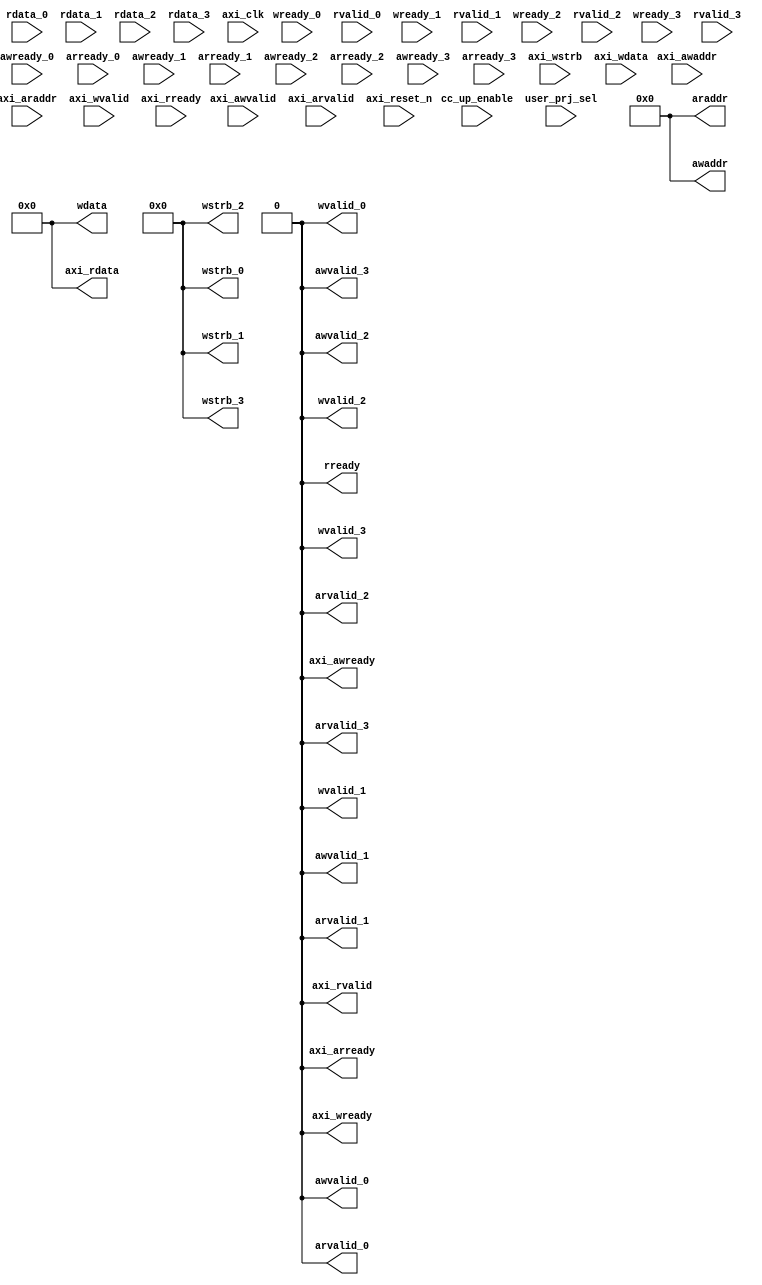
// This code snippet was auto generated by xls2vlog.py from source file: ./user_project_wrapper.xlsx
// User: patrick
// Date: Jul-21-23



module AXIL_SLAV #( parameter pADDR_WIDTH   = 12,
                    parameter pDATA_WIDTH   = 32
                  )
(
  input  wire                        awready_0,
  input  wire                        arready_0,
  input  wire                        wready_0,
  input  wire                        rvalid_0,
  input  wire  [(pDATA_WIDTH-1) : 0] rdata_0,
  input  wire                        awready_1,
  input  wire                        arready_1,
  input  wire                        wready_1,
  input  wire                        rvalid_1,
  input  wire  [(pDATA_WIDTH-1) : 0] rdata_1,
  input  wire                        awready_2,
  input  wire                        arready_2,
  input  wire                        wready_2,
  input  wire                        rvalid_2,
  input  wire  [(pDATA_WIDTH-1) : 0] rdata_2,
  input  wire                        awready_3,
  input  wire                        arready_3,
  input  wire                        wready_3,
  input  wire                        rvalid_3,
  input  wire  [(pDATA_WIDTH-1) : 0] rdata_3,
  output wire                        awvalid_0,
  output wire                [11: 0] awaddr,
  output wire                        arvalid_0,
  output wire                [11: 0] araddr,
  output wire                        wvalid_0,
  output wire                 [3: 0] wstrb_0,
  output wire  [(pDATA_WIDTH-1) : 0] wdata,
  output wire                        rready,
  output wire                        awvalid_1,
  output wire                        arvalid_1,
  output wire                        wvalid_1,
  output wire                 [3: 0] wstrb_1,
  output wire                        awvalid_2,
  output wire                        arvalid_2,
  output wire                        wvalid_2,
  output wire                 [3: 0] wstrb_2,
  output wire                        awvalid_3,
  output wire                        arvalid_3,
  output wire                        wvalid_3,
  output wire                 [3: 0] wstrb_3,
  input  wire                        axi_awvalid,
  input  wire                [14: 0] axi_awaddr,
  input  wire                        axi_arvalid,
  input  wire                [14: 0] axi_araddr,
  input  wire                        axi_wvalid,
  input  wire                 [3: 0] axi_wstrb,
  input  wire  [(pDATA_WIDTH-1) : 0] axi_wdata,
  input  wire                        axi_rready,
  input  wire                        cc_up_enable,
  output wire                        axi_awready,
  output wire                        axi_arready,
  output wire                        axi_wready,
  output wire                        axi_rvalid,
  output wire  [(pDATA_WIDTH-1) : 0] axi_rdata,
  input  wire                        axi_clk,
  input  wire                        axi_reset_n,
  input  wire                 [4: 0] user_prj_sel
);


assign awvalid_0     = 1'b0;
assign awaddr        = 12'b0;
assign arvalid_0     = 1'b0;
assign araddr        = 12'b0;
assign wvalid_0      = 1'b0;
assign wstrb_0       = 4'b0;
assign wdata         = {pDATA_WIDTH{1'b0}};
assign rready        = 1'b0;
assign awvalid_1     = 1'b0;
assign arvalid_1     = 1'b0;
assign wvalid_1      = 1'b0;
assign wstrb_1       = 4'b0;
assign awvalid_2     = 1'b0;
assign arvalid_2     = 1'b0;
assign wvalid_2      = 1'b0;
assign wstrb_2       = 4'b0;
assign awvalid_3     = 1'b0;
assign arvalid_3     = 1'b0;
assign wvalid_3      = 1'b0;
assign wstrb_3       = 4'b0;
assign axi_awready   = 1'b0;
assign axi_arready   = 1'b0;
assign axi_wready    = 1'b0;
assign axi_rvalid    = 1'b0;
assign axi_rdata     = {pDATA_WIDTH{1'b0}};


endmodule // AXIL_SLAV
// This code snippet was auto generated by xls2vlog.py from source file: ./user_project_wrapper.xlsx
// User: patrick
// Date: Jul-21-23



module AXIS_MSTR #( parameter pADDR_WIDTH   = 12,
                    parameter pDATA_WIDTH   = 32
                  )
(
  output wire                        sm_tready,
  input  wire                        sm_tvalid_0,
  input  wire  [(pDATA_WIDTH-1) : 0] sm_tdata_0,
  input  wire                 [2: 0] sm_tid_0,
  input  wire                 [3: 0] sm_tstrb_0,
  input  wire                        sm_tkeep_0,
  input  wire                        sm_tlast_0,
  input  wire                        sm_tvalid_1,
  input  wire  [(pDATA_WIDTH-1) : 0] sm_tdata_1,
  input  wire                 [2: 0] sm_tid_1,
  input  wire                 [3: 0] sm_tstrb_1,
  input  wire                        sm_tkeep_1,
  input  wire                        sm_tlast_1,
  input  wire                        sm_tvalid_2,
  input  wire  [(pDATA_WIDTH-1) : 0] sm_tdata_2,
  input  wire                 [2: 0] sm_tid_2,
  input  wire                 [3: 0] sm_tstrb_2,
  input  wire                        sm_tkeep_2,
  input  wire                        sm_tlast_2,
  input  wire                        sm_tvalid_3,
  input  wire  [(pDATA_WIDTH-1) : 0] sm_tdata_3,
  input  wire                 [2: 0] sm_tid_3,
  input  wire                 [3: 0] sm_tstrb_3,
  input  wire                        sm_tkeep_3,
  input  wire                        sm_tlast_3,
  input  wire                        m_tready,
  output wire                        m_tvalid,
  output wire  [(pDATA_WIDTH-1) : 0] m_tdata,
  output wire                 [1: 0] m_tuser,
  output wire                 [3: 0] m_tstrb,
  output wire                 [3: 0] m_tkeep,
  output wire                        m_tlast,
  input  wire                        axis_clk,
  input  wire                        axi_reset_n,
  input  wire                        axis_rst_n,
  input  wire                 [4: 0] user_prj_sel
);


assign sm_tready     = 1'b0;
assign m_tvalid      = 1'b0;
assign m_tdata       = {pDATA_WIDTH{1'b0}};
assign m_tuser       = 2'b0;
assign m_tstrb       = 4'b0;
assign m_tkeep       = 4'b0;
assign m_tlast       = 1'b0;


endmodule // AXIS_MSTR
// This code snippet was auto generated by xls2vlog.py from source file: ./user_project_wrapper.xlsx
// User: patrick
// Date: Jul-21-23



module AXIS_SLAV #( parameter pADDR_WIDTH   = 12,
                    parameter pDATA_WIDTH   = 32
                  )
(
  output wire                        ss_tvalid_0,
  output wire  [(pDATA_WIDTH-1) : 0] ss_tdata,
  output wire                 [1: 0] ss_tuser,
  output wire                 [3: 0] ss_tstrb,
  output wire                 [3: 0] ss_tkeep,
  output wire                        ss_tlast,
  output wire                        ss_tvalid_1,
  output wire                        ss_tvalid_2,
  output wire                        ss_tvalid_3,
  input  wire                        ss_tready_0,
  input  wire                        ss_tready_1,
  input  wire                        ss_tready_2,
  input  wire                        ss_tready_3,
  input  wire                        s_tvalid,
  input  wire  [(pDATA_WIDTH-1) : 0] s_tdata,
  input  wire                 [1: 0] s_tuser,
  input  wire                 [3: 0] s_tstrb,
  input  wire                 [3: 0] s_tkeep,
  input  wire                        s_tlast,
  output wire                        s_tready,
  input  wire                        axis_clk,
  input  wire                        axi_reset_n,
  input  wire                        axis_rst_n,
  input  wire                 [4: 0] user_prj_sel
);


assign ss_tvalid_0   = 1'b0;
assign ss_tdata      = {pDATA_WIDTH{1'b0}};
assign ss_tuser      = 2'b0;
assign ss_tstrb      = 4'b0;
assign ss_tkeep      = 4'b0;
assign ss_tlast      = 1'b0;
assign ss_tvalid_1   = 1'b0;
assign ss_tvalid_2   = 1'b0;
assign ss_tvalid_3   = 1'b0;
assign s_tready      = 1'b0;


endmodule // AXIS_SLAV
// This code snippet was auto generated by xls2vlog.py from source file: ./user_project_wrapper.xlsx
// User: patrick
// Date: Jul-21-23



module IRQ_MUX #( parameter pADDR_WIDTH=10
                )
(
  input  wire         low__pri_irq_0,
  input  wire         High_pri_req_0,
  input  wire         low__pri_irq_1,
  input  wire         High_pri_req_1,
  input  wire         low__pri_irq_2,
  input  wire         High_pri_req_2,
  input  wire         low__pri_irq_3,
  input  wire         High_pri_req_3,
  output wire         low__pri_irq,
  output wire         high_pri_irq,
  input  wire         axi_clk,
  input  wire         axi_reset_n,
  input  wire         axis_rst_n,
  input  wire  [4: 0] user_prj_sel
);


assign low__pri_irq    = 1'b0;
assign high_pri_irq    = 1'b0;


endmodule // IRQ_MUX
// This code snippet was auto generated by xls2vlog.py from source file: ./user_project_wrapper.xlsx
// User: patrick
// Date: Jul-21-23



module LA_MUX #( parameter pADDR_WIDTH   = 12,
                 parameter pDATA_WIDTH   = 32
               )
(
  output wire  [63: 0] la_data_i,
  input  wire  [63: 0] la_data_0,
  input  wire  [63: 0] la_data_1,
  input  wire  [63: 0] la_data_2,
  input  wire  [63: 0] la_data_3,
  input  wire  [63: 0] la_up_data,
  output wire  [63: 0] up_la_data,
  input  wire          axi_clk,
  input  wire          axis_clk,
  input  wire          axi_reset_n,
  input  wire          axis_rst_n,
  input  wire   [4: 0] user_prj_sel
);


assign la_data_i     = 64'b0;
assign up_la_data    = 64'b0;


endmodule // LA_MUX
// This code snippet was auto generated by xls2vlog.py from source file: ./user_project_wrapper.xlsx
// User: patrick
// Date: Jul-21-23



module USER_PRJ #( parameter pADDR_WIDTH   = 12,
                   parameter pDATA_WIDTH   = 32
                 )
(
  output wire                        awready,
  output wire                        arready,
  output wire                        wready,
  output wire                        rvalid,
  output wire  [(pDATA_WIDTH-1) : 0] rdata,
  input  wire                        awvalid,
  input  wire                [11: 0] awaddr,
  input  wire                        arvalid,
  input  wire                [11: 0] araddr,
  input  wire                        wvalid,
  input  wire                 [3: 0] wstrb,
  input  wire  [(pDATA_WIDTH-1) : 0] wdata,
  input  wire                        rready,
  input  wire                        ss_tvalid,
  input  wire  [(pDATA_WIDTH-1) : 0] ss_tdata,
  input  wire                 [1: 0] ss_tuser,
  input  wire                 [3: 0] ss_tstrb,
  input  wire                 [3: 0] ss_tkeep,
  input  wire                        ss_tlast,
  input  wire                        sm_tready,
  input  wire                [63: 0] la_data_i,
  output wire                        ss_tready,
  output wire                        sm_tvalid,
  output wire  [(pDATA_WIDTH-1) : 0] sm_tdata,
  output wire                 [2: 0] sm_tid,
  output wire                 [3: 0] sm_tstrb,
  output wire                        sm_tkeep,
  output wire                        sm_tlast,
  output wire                        low__pri_irq,
  output wire                        High_pri_req,
  output wire                [63: 0] la_data_o,
  input  wire                        axi_clk,
  input  wire                        axis_clk,
  input  wire                        axi_reset_n,
  input  wire                        axis_rst_n,
  input  wire                        user_clock2,
  input  wire                        uck2_rst_n
);


assign awready       = 1'b0;
assign arready       = 1'b0;
assign wready        = 1'b0;
assign rvalid        = 1'b0;
assign rdata         = {pDATA_WIDTH{1'b0}};
assign ss_tready     = 1'b0;
assign sm_tvalid     = 1'b0;
assign sm_tdata      = {pDATA_WIDTH{1'b0}};
assign sm_tid        = 3'b0;
assign sm_tstrb      = 4'b0;
assign sm_tkeep      = 1'b0;
assign sm_tlast      = 1'b0;
assign low__pri_irq  = 1'b0;
assign High_pri_req  = 1'b0;
assign la_data_o     = 64'b0;


endmodule // USER_PRJ
// This code snippet was auto generated by xls2vlog.py from source file: ./user_project_wrapper.xlsx
// User: patrick
// Date: Jul-21-23



module USER_SUBSYS #( parameter pADDR_WIDTH   = 12,
                      parameter pDATA_WIDTH   = 32
                    )
(
  input  wire                        axi_awvalid,
  input  wire                [14: 0] axi_awaddr,
  input  wire                        axi_arvalid,
  input  wire                [14: 0] axi_araddr,
  input  wire                        axi_wvalid,
  input  wire                 [3: 0] axi_wstrb,
  input  wire  [(pDATA_WIDTH-1) : 0] axi_wdata,
  input  wire                        axi_rready,
  input  wire                        cc_up_enable,
  input  wire                        s_tvalid,
  input  wire  [(pDATA_WIDTH-1) : 0] s_tdata,
  input  wire                 [1: 0] s_tuser,
  input  wire                 [3: 0] s_tstrb,
  input  wire                 [3: 0] s_tkeep,
  input  wire                        s_tlast,
  input  wire                        m_tready,
  input  wire                [63: 0] la_up_data,
  output wire                        axi_awready,
  output wire                        axi_arready,
  output wire                        axi_wready,
  output wire                        axi_rvalid,
  output wire  [(pDATA_WIDTH-1) : 0] axi_rdata,
  output wire                        s_tready,
  output wire                        m_tvalid,
  output wire  [(pDATA_WIDTH-1) : 0] m_tdata,
  output wire                 [1: 0] m_tuser,
  output wire                 [3: 0] m_tstrb,
  output wire                 [3: 0] m_tkeep,
  output wire                        m_tlast,
  output wire                        low__pri_irq,
  output wire                        high_pri_irq,
  output wire                [63: 0] up_la_data,
  input  wire                        axi_clk,
  input  wire                        axis_clk,
  input  wire                        axi_reset_n,
  input  wire                        axis_rst_n,
  input  wire                        user_clock2,
  input  wire                        uck2_rst_n,
  input  wire                 [4: 0] user_prj_sel
);


wire                         awready_0;
wire                         arready_0;
wire                         wready_0;
wire                         rvalid_0;
wire   [(pDATA_WIDTH-1) : 0] rdata_0;
wire                         awready_1;
wire                         arready_1;
wire                         wready_1;
wire                         rvalid_1;
wire   [(pDATA_WIDTH-1) : 0] rdata_1;
wire                         awready_2;
wire                         arready_2;
wire                         wready_2;
wire                         rvalid_2;
wire   [(pDATA_WIDTH-1) : 0] rdata_2;
wire                         awready_3;
wire                         arready_3;
wire                         wready_3;
wire                         rvalid_3;
wire   [(pDATA_WIDTH-1) : 0] rdata_3;
wire                         awvalid_0_awvalid;
wire                 [11: 0] awaddr;
wire                         arvalid_0_arvalid;
wire                 [11: 0] araddr;
wire                         wvalid_0_wvalid;
wire                  [3: 0] wstrb_0_wstrb;
wire   [(pDATA_WIDTH-1) : 0] wdata;
wire                         rready;
wire                         ss_tvalid_0_ss_tvalid;
wire   [(pDATA_WIDTH-1) : 0] ss_tdata;
wire                  [1: 0] ss_tuser;
wire                  [3: 0] ss_tstrb;
wire                  [3: 0] ss_tkeep;
wire                         ss_tlast;
wire                         sm_tready;
wire                 [63: 0] la_data_i;
wire                         awvalid_1_awvalid;
wire                         arvalid_1_arvalid;
wire                         wvalid_1_wvalid;
wire                  [3: 0] wstrb_1_wstrb;
wire                         ss_tvalid_1_ss_tvalid;
wire                         awvalid_2_awvalid;
wire                         arvalid_2_arvalid;
wire                         wvalid_2_wvalid;
wire                  [3: 0] wstrb_2_wstrb;
wire                         ss_tvalid_2_ss_tvalid;
wire                         awvalid_3_awvalid;
wire                         arvalid_3_arvalid;
wire                         wvalid_3_wvalid;
wire                  [3: 0] wstrb_3_wstrb;
wire                         ss_tvalid_3_ss_tvalid;
wire                         ss_tready_0;
wire                         ss_tready_1;
wire                         ss_tready_2;
wire                         ss_tready_3;
wire                         sm_tvalid_0;
wire   [(pDATA_WIDTH-1) : 0] sm_tdata_0;
wire                  [2: 0] sm_tid_0;
wire                  [3: 0] sm_tstrb_0;
wire                         sm_tkeep_0;
wire                         sm_tlast_0;
wire                         sm_tvalid_1;
wire   [(pDATA_WIDTH-1) : 0] sm_tdata_1;
wire                  [2: 0] sm_tid_1;
wire                  [3: 0] sm_tstrb_1;
wire                         sm_tkeep_1;
wire                         sm_tlast_1;
wire                         sm_tvalid_2;
wire   [(pDATA_WIDTH-1) : 0] sm_tdata_2;
wire                  [2: 0] sm_tid_2;
wire                  [3: 0] sm_tstrb_2;
wire                         sm_tkeep_2;
wire                         sm_tlast_2;
wire                         sm_tvalid_3;
wire   [(pDATA_WIDTH-1) : 0] sm_tdata_3;
wire                  [2: 0] sm_tid_3;
wire                  [3: 0] sm_tstrb_3;
wire                         sm_tkeep_3;
wire                         sm_tlast_3;
wire                         low__pri_irq_0;
wire                         High_pri_req_0;
wire                         low__pri_irq_1;
wire                         High_pri_req_1;
wire                         low__pri_irq_2;
wire                         High_pri_req_2;
wire                         low__pri_irq_3;
wire                         High_pri_req_3;
wire                 [63: 0] la_data_o_la_data_0_0;
wire                 [63: 0] la_data_o_la_data_1_1;
wire                 [63: 0] la_data_o_la_data_2_2;
wire                 [63: 0] la_data_o_la_data_3_3;


// This code snippet was auto generated by xls2vlog.py from source file: ./user_project_wrapper.xlsx
// User: patrick
// Date: Jul-21-23



AXIL_SLAV #(.pADDR_WIDTH( 12 ),
            .pDATA_WIDTH( 32 )) U_AXIL_SLAV0 (
                                              .awready_0    (awready_0),               // I  
                                              .arready_0    (arready_0),               // I  
                                              .wready_0     (wready_0),                // I  
                                              .rvalid_0     (rvalid_0),                // I  
                                              .rdata_0      (rdata_0),                 // I  pDATA_WIDTH
                                              .awready_1    (awready_1),               // I  
                                              .arready_1    (arready_1),               // I  
                                              .wready_1     (wready_1),                // I  
                                              .rvalid_1     (rvalid_1),                // I  
                                              .rdata_1      (rdata_1),                 // I  pDATA_WIDTH
                                              .awready_2    (awready_2),               // I  
                                              .arready_2    (arready_2),               // I  
                                              .wready_2     (wready_2),                // I  
                                              .rvalid_2     (rvalid_2),                // I  
                                              .rdata_2      (rdata_2),                 // I  pDATA_WIDTH
                                              .awready_3    (awready_3),               // I  
                                              .arready_3    (arready_3),               // I  
                                              .wready_3     (wready_3),                // I  
                                              .rvalid_3     (rvalid_3),                // I  
                                              .rdata_3      (rdata_3),                 // I  pDATA_WIDTH
                                              .awvalid_0    (awvalid_0_awvalid),       // O  
                                              .awaddr       (awaddr),                  // O  12
                                              .arvalid_0    (arvalid_0_arvalid),       // O  
                                              .araddr       (araddr),                  // O  12
                                              .wvalid_0     (wvalid_0_wvalid),         // O  
                                              .wstrb_0      (wstrb_0_wstrb),           // O  4
                                              .wdata        (wdata),                   // O  pDATA_WIDTH
                                              .rready       (rready),                  // O  
                                              .awvalid_1    (awvalid_1_awvalid),       // O  
                                              .arvalid_1    (arvalid_1_arvalid),       // O  
                                              .wvalid_1     (wvalid_1_wvalid),         // O  
                                              .wstrb_1      (wstrb_1_wstrb),           // O  4
                                              .awvalid_2    (awvalid_2_awvalid),       // O  
                                              .arvalid_2    (arvalid_2_arvalid),       // O  
                                              .wvalid_2     (wvalid_2_wvalid),         // O  
                                              .wstrb_2      (wstrb_2_wstrb),           // O  4
                                              .awvalid_3    (awvalid_3_awvalid),       // O  
                                              .arvalid_3    (arvalid_3_arvalid),       // O  
                                              .wvalid_3     (wvalid_3_wvalid),         // O  
                                              .wstrb_3      (wstrb_3_wstrb),           // O  4
                                              .axi_awvalid  (axi_awvalid),             // I  
                                              .axi_awaddr   (axi_awaddr),              // I  15
                                              .axi_arvalid  (axi_arvalid),             // I  
                                              .axi_araddr   (axi_araddr),              // I  15
                                              .axi_wvalid   (axi_wvalid),              // I  
                                              .axi_wstrb    (axi_wstrb),               // I  4
                                              .axi_wdata    (axi_wdata),               // I  pDATA_WIDTH
                                              .axi_rready   (axi_rready),              // I  
                                              .cc_up_enable (cc_up_enable),            // I  
                                              .axi_awready  (axi_awready),             // O  
                                              .axi_arready  (axi_arready),             // O  
                                              .axi_wready   (axi_wready),              // O  
                                              .axi_rvalid   (axi_rvalid),              // O  
                                              .axi_rdata    (axi_rdata),               // O  pDATA_WIDTH
                                              .axi_clk      (axi_clk),                 // I  
                                              .axi_reset_n  (axi_reset_n),             // I  
                                              .user_prj_sel (user_prj_sel)             // I  5
                                             );


// This code snippet was auto generated by xls2vlog.py from source file: ./user_project_wrapper.xlsx
// User: patrick
// Date: Jul-21-23



USER_PRJ #(.pADDR_WIDTH( 12 ),
           .pDATA_WIDTH( 32 )) U_USRPRJ0 (
                                          .awready      (awready_0),               // O  
                                          .arready      (arready_0),               // O  
                                          .wready       (wready_0),                // O  
                                          .rvalid       (rvalid_0),                // O  
                                          .rdata        (rdata_0),                 // O  pDATA_WIDTH
                                          .awvalid      (awvalid_0_awvalid),       // I  
                                          .awaddr       (awaddr),                  // I  12
                                          .arvalid      (arvalid_0_arvalid),       // I  
                                          .araddr       (araddr),                  // I  12
                                          .wvalid       (wvalid_0_wvalid),         // I  
                                          .wstrb        (wstrb_0_wstrb),           // I  4
                                          .wdata        (wdata),                   // I  pDATA_WIDTH
                                          .rready       (rready),                  // I  
                                          .ss_tvalid    (ss_tvalid_0_ss_tvalid),   // I  
                                          .ss_tdata     (ss_tdata),                // I  pDATA_WIDTH
                                          .ss_tuser     (ss_tuser),                // I  2
                                          .ss_tstrb     (ss_tstrb),                // I  4
                                          .ss_tkeep     (ss_tkeep),                // I  4
                                          .ss_tlast     (ss_tlast),                // I  
                                          .sm_tready    (sm_tready),               // I  
                                          .la_data_i    (la_data_i),               // I  64
                                          .ss_tready    (ss_tready_0),             // O  
                                          .sm_tvalid    (sm_tvalid_0),             // O  
                                          .sm_tdata     (sm_tdata_0),              // O  pDATA_WIDTH
                                          .sm_tid       (sm_tid_0),                // O  3
                                          .sm_tstrb     (sm_tstrb_0),              // O  4
                                          .sm_tkeep     (sm_tkeep_0),              // O  
                                          .sm_tlast     (sm_tlast_0),              // O  
                                          .low__pri_irq (low__pri_irq_0),          // O  
                                          .High_pri_req (High_pri_req_0),          // O  
                                          .la_data_o    (la_data_o_la_data_0_0),   // O  64
                                          .axi_clk      (axi_clk),                 // I  
                                          .axis_clk     (axis_clk),                // I  
                                          .axi_reset_n  (axi_reset_n),             // I  
                                          .axis_rst_n   (axis_rst_n),              // I  
                                          .user_clock2  (user_clock2),             // I  
                                          .uck2_rst_n   (uck2_rst_n)               // I  
                                         );


// This code snippet was auto generated by xls2vlog.py from source file: ./user_project_wrapper.xlsx
// User: patrick
// Date: Jul-21-23



USER_PRJ #(.pADDR_WIDTH( 12 ),
           .pDATA_WIDTH( 32 )) U_USRPRJ1 (
                                          .awready      (awready_1),               // O  
                                          .arready      (arready_1),               // O  
                                          .wready       (wready_1),                // O  
                                          .rvalid       (rvalid_1),                // O  
                                          .rdata        (rdata_1),                 // O  pDATA_WIDTH
                                          .awvalid      (awvalid_1_awvalid),       // I  
                                          .awaddr       (awaddr),                  // I  12
                                          .arvalid      (arvalid_1_arvalid),       // I  
                                          .araddr       (araddr),                  // I  12
                                          .wvalid       (wvalid_1_wvalid),         // I  
                                          .wstrb        (wstrb_1_wstrb),           // I  4
                                          .wdata        (wdata),                   // I  pDATA_WIDTH
                                          .rready       (rready),                  // I  
                                          .ss_tvalid    (ss_tvalid_1_ss_tvalid),   // I  
                                          .ss_tdata     (ss_tdata),                // I  pDATA_WIDTH
                                          .ss_tuser     (ss_tuser),                // I  2
                                          .ss_tstrb     (ss_tstrb),                // I  4
                                          .ss_tkeep     (ss_tkeep),                // I  4
                                          .ss_tlast     (ss_tlast),                // I  
                                          .sm_tready    (sm_tready),               // I  
                                          .la_data_i    (la_data_i),               // I  64
                                          .ss_tready    (ss_tready_1),             // O  
                                          .sm_tvalid    (sm_tvalid_1),             // O  
                                          .sm_tdata     (sm_tdata_1),              // O  pDATA_WIDTH
                                          .sm_tid       (sm_tid_1),                // O  3
                                          .sm_tstrb     (sm_tstrb_1),              // O  4
                                          .sm_tkeep     (sm_tkeep_1),              // O  
                                          .sm_tlast     (sm_tlast_1),              // O  
                                          .low__pri_irq (low__pri_irq_1),          // O  
                                          .High_pri_req (High_pri_req_1),          // O  
                                          .la_data_o    (la_data_o_la_data_1_1),   // O  64
                                          .axi_clk      (axi_clk),                 // I  
                                          .axis_clk     (axis_clk),                // I  
                                          .axi_reset_n  (axi_reset_n),             // I  
                                          .axis_rst_n   (axis_rst_n),              // I  
                                          .user_clock2  (user_clock2),             // I  
                                          .uck2_rst_n   (uck2_rst_n)               // I  
                                         );


// This code snippet was auto generated by xls2vlog.py from source file: ./user_project_wrapper.xlsx
// User: patrick
// Date: Jul-21-23



USER_PRJ #(.pADDR_WIDTH( 12 ),
           .pDATA_WIDTH( 32 )) U_USRPRJ2 (
                                          .awready      (awready_2),               // O  
                                          .arready      (arready_2),               // O  
                                          .wready       (wready_2),                // O  
                                          .rvalid       (rvalid_2),                // O  
                                          .rdata        (rdata_2),                 // O  pDATA_WIDTH
                                          .awvalid      (awvalid_2_awvalid),       // I  
                                          .awaddr       (awaddr),                  // I  12
                                          .arvalid      (arvalid_2_arvalid),       // I  
                                          .araddr       (araddr),                  // I  12
                                          .wvalid       (wvalid_2_wvalid),         // I  
                                          .wstrb        (wstrb_2_wstrb),           // I  4
                                          .wdata        (wdata),                   // I  pDATA_WIDTH
                                          .rready       (rready),                  // I  
                                          .ss_tvalid    (ss_tvalid_2_ss_tvalid),   // I  
                                          .ss_tdata     (ss_tdata),                // I  pDATA_WIDTH
                                          .ss_tuser     (ss_tuser),                // I  2
                                          .ss_tstrb     (ss_tstrb),                // I  4
                                          .ss_tkeep     (ss_tkeep),                // I  4
                                          .ss_tlast     (ss_tlast),                // I  
                                          .sm_tready    (sm_tready),               // I  
                                          .la_data_i    (la_data_i),               // I  64
                                          .ss_tready    (ss_tready_2),             // O  
                                          .sm_tvalid    (sm_tvalid_2),             // O  
                                          .sm_tdata     (sm_tdata_2),              // O  pDATA_WIDTH
                                          .sm_tid       (sm_tid_2),                // O  3
                                          .sm_tstrb     (sm_tstrb_2),              // O  4
                                          .sm_tkeep     (sm_tkeep_2),              // O  
                                          .sm_tlast     (sm_tlast_2),              // O  
                                          .low__pri_irq (low__pri_irq_2),          // O  
                                          .High_pri_req (High_pri_req_2),          // O  
                                          .la_data_o    (la_data_o_la_data_2_2),   // O  64
                                          .axi_clk      (axi_clk),                 // I  
                                          .axis_clk     (axis_clk),                // I  
                                          .axi_reset_n  (axi_reset_n),             // I  
                                          .axis_rst_n   (axis_rst_n),              // I  
                                          .user_clock2  (user_clock2),             // I  
                                          .uck2_rst_n   (uck2_rst_n)               // I  
                                         );


// This code snippet was auto generated by xls2vlog.py from source file: ./user_project_wrapper.xlsx
// User: patrick
// Date: Jul-21-23



USER_PRJ #(.pADDR_WIDTH( 12 ),
           .pDATA_WIDTH( 32 )) U_USRPRJ3 (
                                          .awready      (awready_3),               // O  
                                          .arready      (arready_3),               // O  
                                          .wready       (wready_3),                // O  
                                          .rvalid       (rvalid_3),                // O  
                                          .rdata        (rdata_3),                 // O  pDATA_WIDTH
                                          .awvalid      (awvalid_3_awvalid),       // I  
                                          .awaddr       (awaddr),                  // I  12
                                          .arvalid      (arvalid_3_arvalid),       // I  
                                          .araddr       (araddr),                  // I  12
                                          .wvalid       (wvalid_3_wvalid),         // I  
                                          .wstrb        (wstrb_3_wstrb),           // I  4
                                          .wdata        (wdata),                   // I  pDATA_WIDTH
                                          .rready       (rready),                  // I  
                                          .ss_tvalid    (ss_tvalid_3_ss_tvalid),   // I  
                                          .ss_tdata     (ss_tdata),                // I  pDATA_WIDTH
                                          .ss_tuser     (ss_tuser),                // I  2
                                          .ss_tstrb     (ss_tstrb),                // I  4
                                          .ss_tkeep     (ss_tkeep),                // I  4
                                          .ss_tlast     (ss_tlast),                // I  
                                          .sm_tready    (sm_tready),               // I  
                                          .la_data_i    (la_data_i),               // I  64
                                          .ss_tready    (ss_tready_3),             // O  
                                          .sm_tvalid    (sm_tvalid_3),             // O  
                                          .sm_tdata     (sm_tdata_3),              // O  pDATA_WIDTH
                                          .sm_tid       (sm_tid_3),                // O  3
                                          .sm_tstrb     (sm_tstrb_3),              // O  4
                                          .sm_tkeep     (sm_tkeep_3),              // O  
                                          .sm_tlast     (sm_tlast_3),              // O  
                                          .low__pri_irq (low__pri_irq_3),          // O  
                                          .High_pri_req (High_pri_req_3),          // O  
                                          .la_data_o    (la_data_o_la_data_3_3),   // O  64
                                          .axi_clk      (axi_clk),                 // I  
                                          .axis_clk     (axis_clk),                // I  
                                          .axi_reset_n  (axi_reset_n),             // I  
                                          .axis_rst_n   (axis_rst_n),              // I  
                                          .user_clock2  (user_clock2),             // I  
                                          .uck2_rst_n   (uck2_rst_n)               // I  
                                         );


// This code snippet was auto generated by xls2vlog.py from source file: ./user_project_wrapper.xlsx
// User: patrick
// Date: Jul-21-23



AXIS_SLAV #(.pADDR_WIDTH( 12 ),
            .pDATA_WIDTH( 32 )) U_AXIS_SLAV0 (
                                              .ss_tvalid_0  (ss_tvalid_0_ss_tvalid),   // O  
                                              .ss_tdata     (ss_tdata),                // O  pDATA_WIDTH
                                              .ss_tuser     (ss_tuser),                // O  2
                                              .ss_tstrb     (ss_tstrb),                // O  4
                                              .ss_tkeep     (ss_tkeep),                // O  4
                                              .ss_tlast     (ss_tlast),                // O  
                                              .ss_tvalid_1  (ss_tvalid_1_ss_tvalid),   // O  
                                              .ss_tvalid_2  (ss_tvalid_2_ss_tvalid),   // O  
                                              .ss_tvalid_3  (ss_tvalid_3_ss_tvalid),   // O  
                                              .ss_tready_0  (ss_tready_0),             // I  
                                              .ss_tready_1  (ss_tready_1),             // I  
                                              .ss_tready_2  (ss_tready_2),             // I  
                                              .ss_tready_3  (ss_tready_3),             // I  
                                              .s_tvalid     (s_tvalid),                // I  
                                              .s_tdata      (s_tdata),                 // I  pDATA_WIDTH
                                              .s_tuser      (s_tuser),                 // I  2
                                              .s_tstrb      (s_tstrb),                 // I  4
                                              .s_tkeep      (s_tkeep),                 // I  4
                                              .s_tlast      (s_tlast),                 // I  
                                              .s_tready     (s_tready),                // O  
                                              .axis_clk     (axis_clk),                // I  
                                              .axi_reset_n  (axi_reset_n),             // I  
                                              .axis_rst_n   (axis_rst_n),              // I  
                                              .user_prj_sel (user_prj_sel)             // I  5
                                             );


// This code snippet was auto generated by xls2vlog.py from source file: ./user_project_wrapper.xlsx
// User: patrick
// Date: Jul-21-23



AXIS_MSTR #(.pADDR_WIDTH( 12 ),
            .pDATA_WIDTH( 32 )) U_AXIS_MSTR0 (
                                              .sm_tready    (sm_tready),               // O  
                                              .sm_tvalid_0  (sm_tvalid_0),             // I  
                                              .sm_tdata_0   (sm_tdata_0),              // I  pDATA_WIDTH
                                              .sm_tid_0     (sm_tid_0),                // I  3
                                              .sm_tstrb_0   (sm_tstrb_0),              // I  4
                                              .sm_tkeep_0   (sm_tkeep_0),              // I  
                                              .sm_tlast_0   (sm_tlast_0),              // I  
                                              .sm_tvalid_1  (sm_tvalid_1),             // I  
                                              .sm_tdata_1   (sm_tdata_1),              // I  pDATA_WIDTH
                                              .sm_tid_1     (sm_tid_1),                // I  3
                                              .sm_tstrb_1   (sm_tstrb_1),              // I  4
                                              .sm_tkeep_1   (sm_tkeep_1),              // I  
                                              .sm_tlast_1   (sm_tlast_1),              // I  
                                              .sm_tvalid_2  (sm_tvalid_2),             // I  
                                              .sm_tdata_2   (sm_tdata_2),              // I  pDATA_WIDTH
                                              .sm_tid_2     (sm_tid_2),                // I  3
                                              .sm_tstrb_2   (sm_tstrb_2),              // I  4
                                              .sm_tkeep_2   (sm_tkeep_2),              // I  
                                              .sm_tlast_2   (sm_tlast_2),              // I  
                                              .sm_tvalid_3  (sm_tvalid_3),             // I  
                                              .sm_tdata_3   (sm_tdata_3),              // I  pDATA_WIDTH
                                              .sm_tid_3     (sm_tid_3),                // I  3
                                              .sm_tstrb_3   (sm_tstrb_3),              // I  4
                                              .sm_tkeep_3   (sm_tkeep_3),              // I  
                                              .sm_tlast_3   (sm_tlast_3),              // I  
                                              .m_tready     (m_tready),                // I  
                                              .m_tvalid     (m_tvalid),                // O  
                                              .m_tdata      (m_tdata),                 // O  pDATA_WIDTH
                                              .m_tuser      (m_tuser),                 // O  2
                                              .m_tstrb      (m_tstrb),                 // O  4
                                              .m_tkeep      (m_tkeep),                 // O  4
                                              .m_tlast      (m_tlast),                 // O  
                                              .axis_clk     (axis_clk),                // I  
                                              .axi_reset_n  (axi_reset_n),             // I  
                                              .axis_rst_n   (axis_rst_n),              // I  
                                              .user_prj_sel (user_prj_sel)             // I  5
                                             );


// This code snippet was auto generated by xls2vlog.py from source file: ./user_project_wrapper.xlsx
// User: patrick
// Date: Jul-21-23



IRQ_MUX #(.pADDR_WIDTH( 10 )) U_IRQ_MUX0 (
                                          .low__pri_irq_0 (low__pri_irq_0),          // I  
                                          .High_pri_req_0 (High_pri_req_0),          // I  
                                          .low__pri_irq_1 (low__pri_irq_1),          // I  
                                          .High_pri_req_1 (High_pri_req_1),          // I  
                                          .low__pri_irq_2 (low__pri_irq_2),          // I  
                                          .High_pri_req_2 (High_pri_req_2),          // I  
                                          .low__pri_irq_3 (low__pri_irq_3),          // I  
                                          .High_pri_req_3 (High_pri_req_3),          // I  
                                          .low__pri_irq   (low__pri_irq),            // O  
                                          .high_pri_irq   (high_pri_irq),            // O  
                                          .axi_clk        (axi_clk),                 // I  
                                          .axi_reset_n    (axi_reset_n),             // I  
                                          .axis_rst_n     (axis_rst_n),              // I  
                                          .user_prj_sel   (user_prj_sel)             // I  5
                                         );


// This code snippet was auto generated by xls2vlog.py from source file: ./user_project_wrapper.xlsx
// User: patrick
// Date: Jul-21-23



LA_MUX #(.pADDR_WIDTH( 12 ),
         .pDATA_WIDTH( 32 )) U_LA_MUX0 (
                                        .la_data_i    (la_data_i),               // O  64
                                        .la_data_0    (la_data_o_la_data_0_0),   // I  64
                                        .la_data_1    (la_data_o_la_data_1_1),   // I  64
                                        .la_data_2    (la_data_o_la_data_2_2),   // I  64
                                        .la_data_3    (la_data_o_la_data_3_3),   // I  64
                                        .la_up_data   (la_up_data),              // I  64
                                        .up_la_data   (up_la_data),              // O  64
                                        .axi_clk      (axi_clk),                 // I  
                                        .axis_clk     (axis_clk),                // I  
                                        .axi_reset_n  (axi_reset_n),             // I  
                                        .axis_rst_n   (axis_rst_n),              // I  
                                        .user_prj_sel (user_prj_sel)             // I  5
                                       );




endmodule // USER_SUBSYS